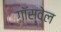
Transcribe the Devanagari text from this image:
गॉस्वेल